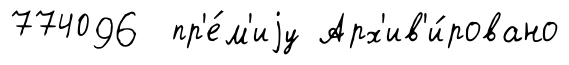
774096 пр'е́м'иjу Арх'ив'и́ровано